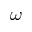
{ \omega }